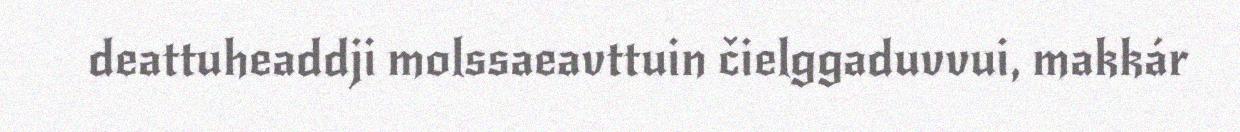
deattuheaddji molssaeavttuin čielggaduvvui, makkár